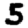
Digit: 5